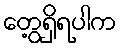
တွေ့ရှိရပါက